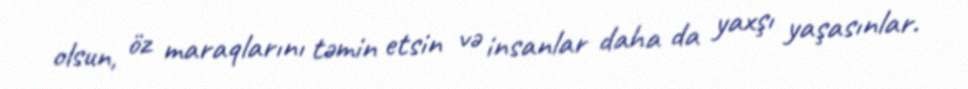
olsun, öz maraqlarını təmin etsin və insanlar daha da yaxşı yaşasınlar.